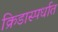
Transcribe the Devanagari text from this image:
क्रिडास्पर्धात